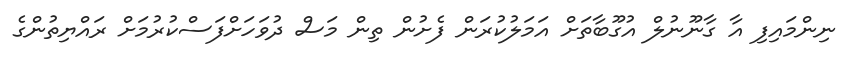
ނިންމައިފި އާ ގާނޫނުލް އުގޫބާތަށް އަމަލުކުރަން ފެށުން ތިން މަސް ދުވަހަށްފަސްކުރުމަށް ރައްޔިތުންގެ